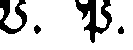
V. P.